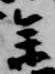
参